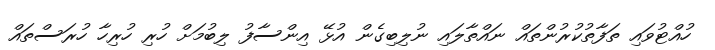
ހުއްޓުވައި ތަފާތުކުރުންތައް ނައްތާލައި ނުލިބިގެން އުޅޭ އިންސާފު ލިބުމަށް ހުރި ހުރިހާ ހުރަސްތައް